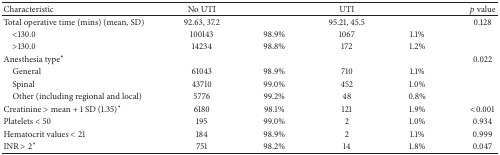
<table><thead><tr><td><b>Characteristic</b></td><td><b>No UTI</b></td><td></td><td><b>UTI</b></td><td></td><td><b><i>p</i> value</b></td></tr></thead><tbody><tr><td>Total operative time (mins) (mean, SD)</td><td>92.63, 37.2</td><td> </td><td>95.21, 45.5</td><td> </td><td>0.128</td></tr><tr><td> &lt;130.0</td><td>100143</td><td>98.9%</td><td>1067</td><td>1.1%</td><td> </td></tr><tr><td> &gt;130.0</td><td>14234</td><td>98.8%</td><td>172</td><td>1.2%</td><td> </td></tr><tr><td>Anesthesia type<sup><i>∗</i></sup></td><td> </td><td> </td><td> </td><td> </td><td>0.022</td></tr><tr><td> General</td><td>61043</td><td>98.9%</td><td>710</td><td>1.1%</td><td> </td></tr><tr><td> Spinal</td><td>43710</td><td>99.0%</td><td>452</td><td>1.0%</td><td> </td></tr><tr><td> Other (including regional and local)</td><td>5776</td><td>99.2%</td><td>48</td><td>0.8%</td><td> </td></tr><tr><td>Creatinine &gt; mean + 1 SD (1.35)<sup><i>∗</i></sup></td><td>6180</td><td>98.1%</td><td>121</td><td>1.9%</td><td>&lt;0.001</td></tr><tr><td>Platelets &lt; 50</td><td>195</td><td>99.0%</td><td>2</td><td>1.0%</td><td>0.934</td></tr><tr><td>Hematocrit values &lt; 21</td><td>184</td><td>98.9%</td><td>2</td><td>1.1%</td><td>0.999</td></tr><tr><td>INR &gt; 2<sup><i>∗</i></sup></td><td>751</td><td>98.2%</td><td>14</td><td>1.8%</td><td>0.047</td></tr></tbody></table>